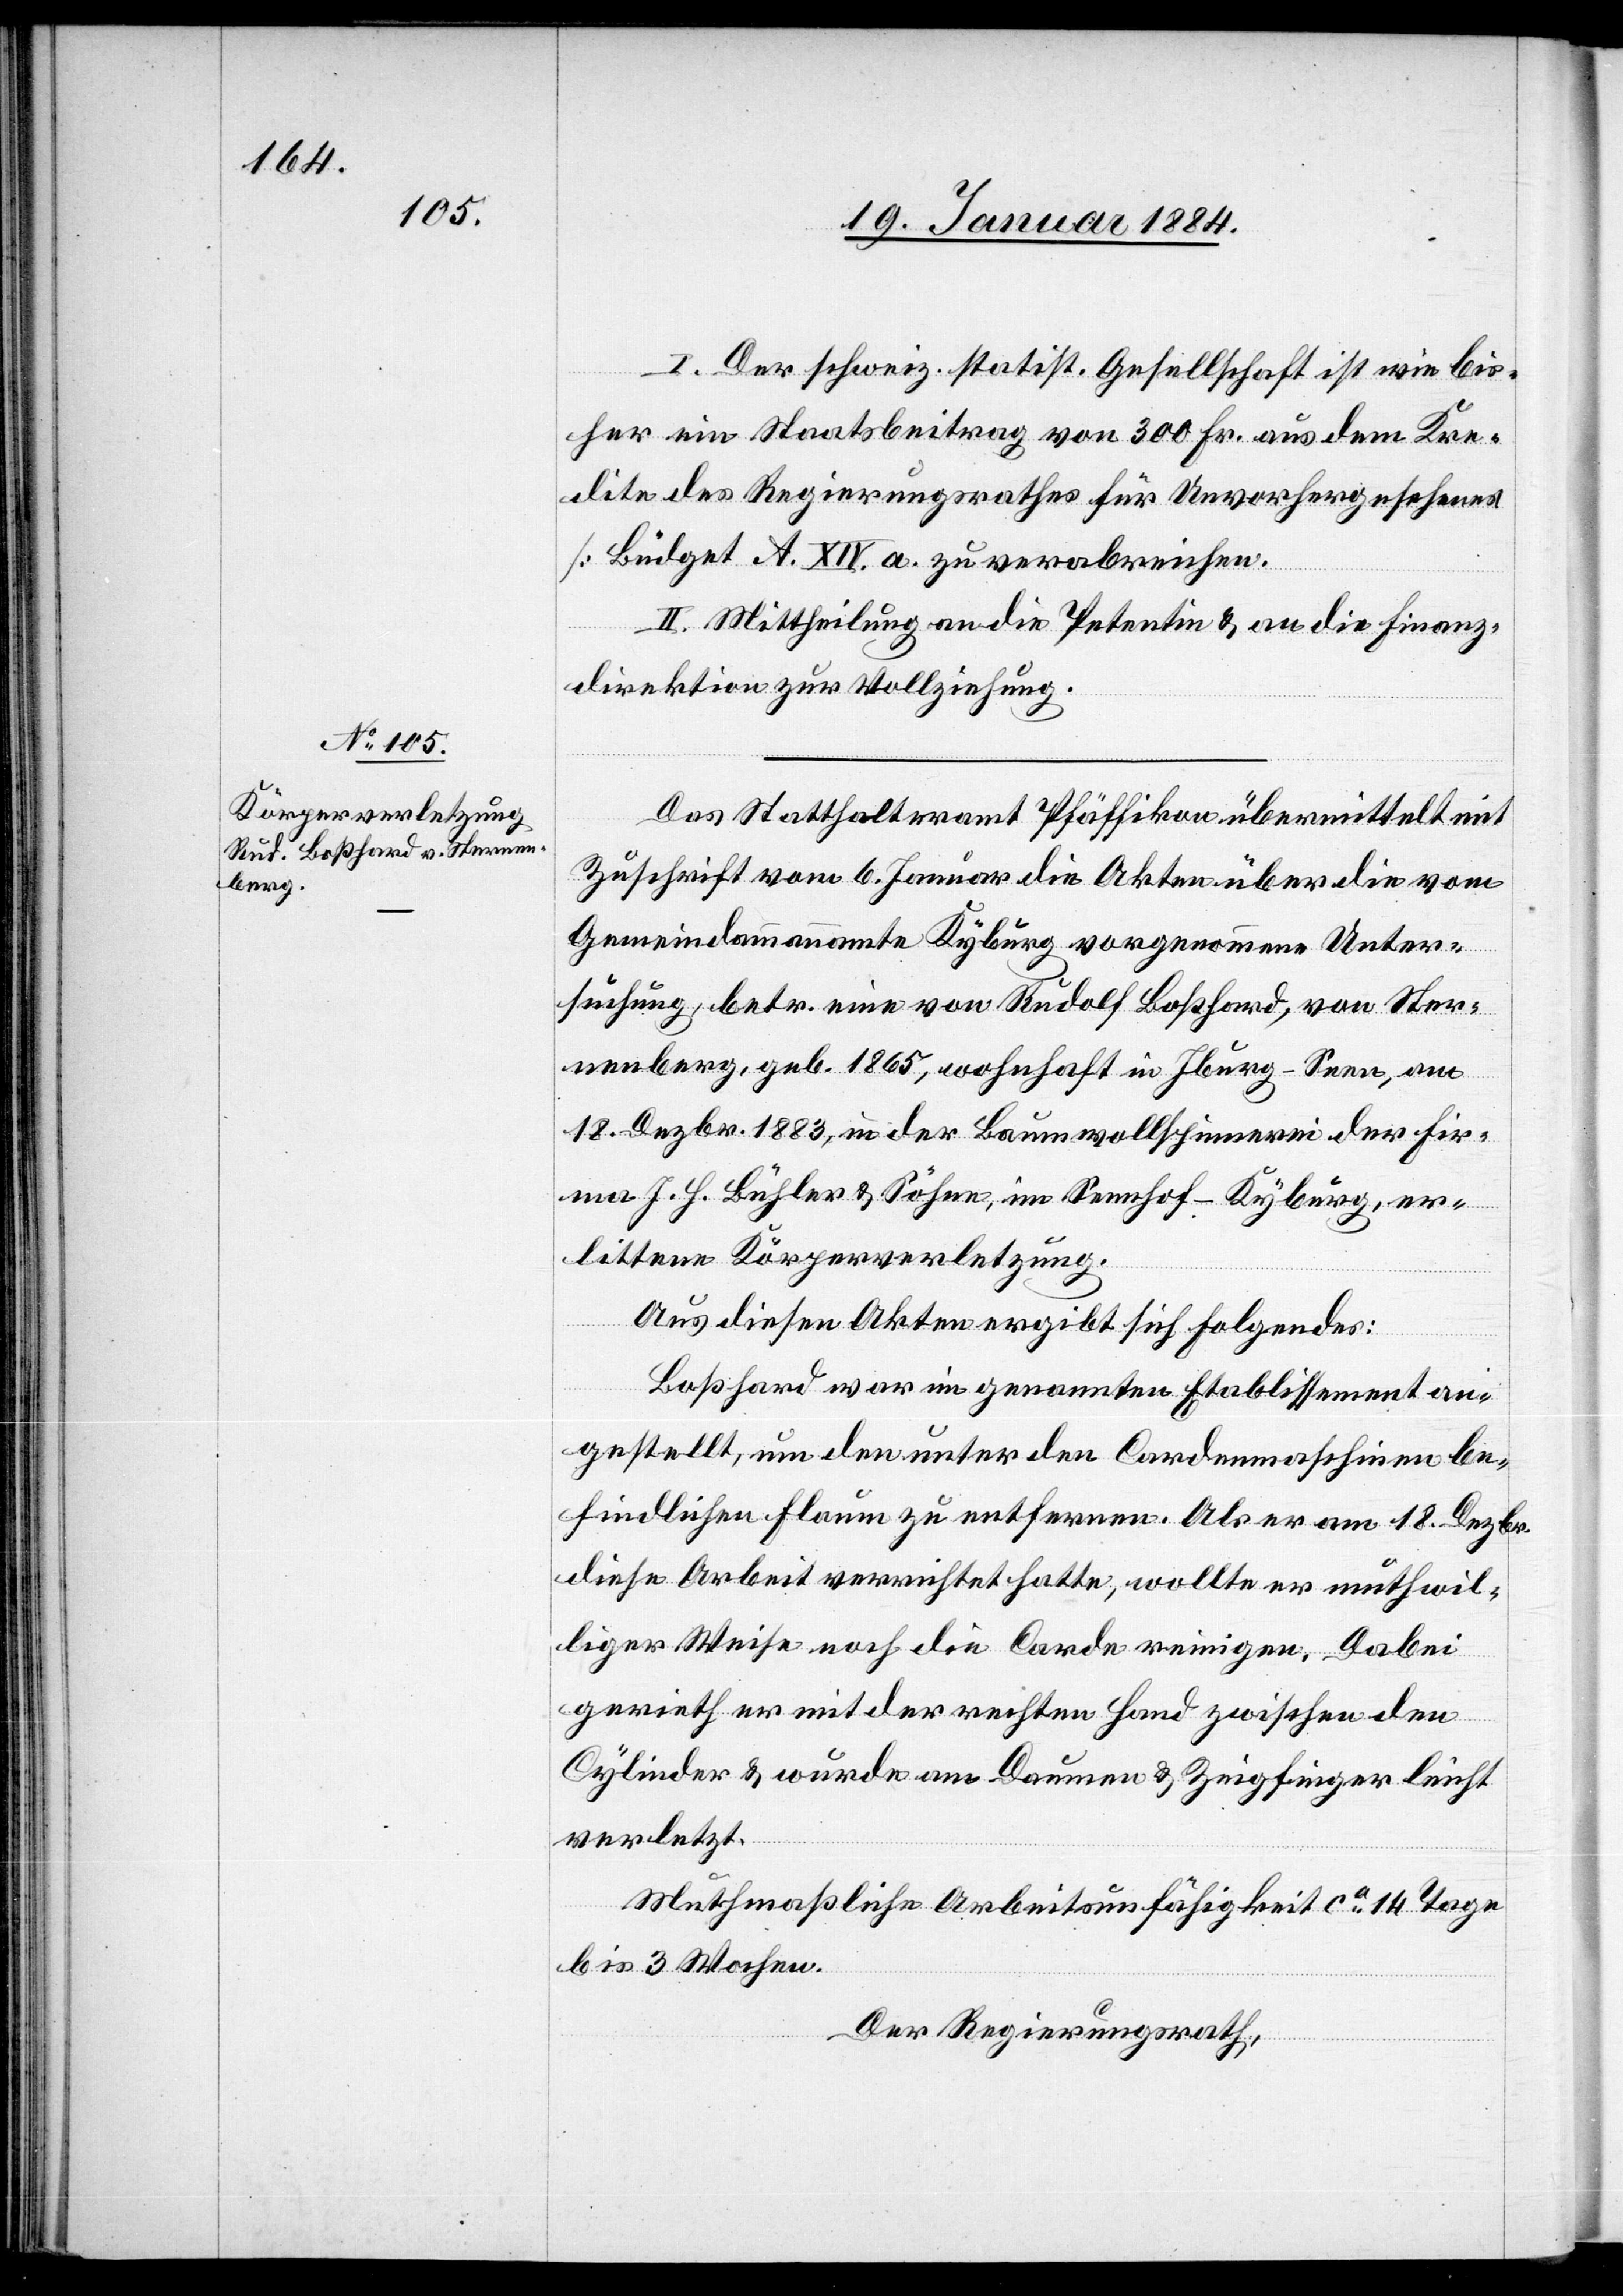
I. Der schweiz. statist. Gesellschaft ist wie bis¬
her ein Staatsbeitrag von 300 Fr. aus dem Kre¬
dite des Regierungsrathes für Unvorhergesehenes
[Büdget A. XIV. a] zu verabreichen.
II. Mittheilung an die Petentin & an die Finanz¬
direktion zur Vollziehung.
Das Statthalteramt Pfäffikon übermittelt mit
Zuschrift vom 6. Januar die Akten über die vom
Gemeindammannamte Kyburg vorgenommene Unter¬
suchung, betr. eine von Rudolf Boßhard, von Ster¬
nenberg, geb. 1865, wohnhaft in Iburg - Seen, am
18. Dezbr. 1883, in der Baumwollspinnerei der Fir¬
ma J. H. Bühler & Söhne, im Sennhof - Kyburg, er¬
littenen Körperverletzung.
Aus diesen Akten ergibt sich Folgendes:
Boßhard war in genanntem Etablissement an¬
gestellt, um den unter den Cordenmaschinen be¬
findlichen Flaum zu entfernen. Als er am 18. Dezbr.
diese Arbeit verrichtet hatte, wollte er muthwil¬
liger Weise noch die Corde reinigen. Dabei
gerieth er mit der rechten Hand zwischen den
Cylinder & wurde am Daumen & Zeigefinger leicht
verletzt.
Muthmaßliche Arbeitsunfähigkeit ca 14 Tage
bis 3 Wochen.
Der Regierungsrath,